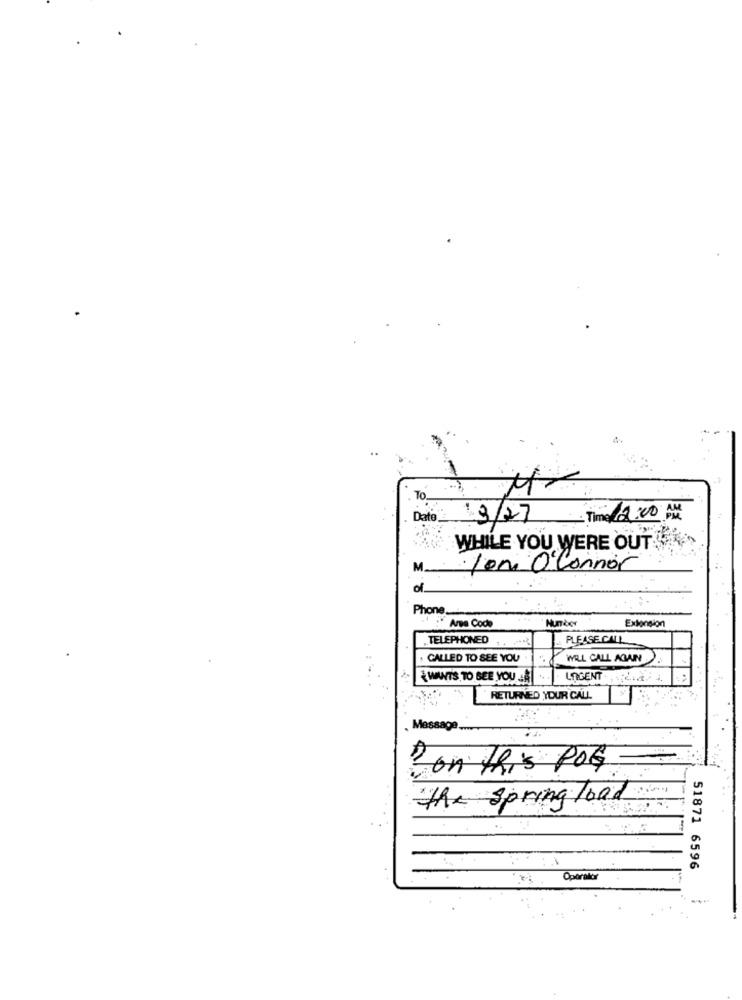
TO
Date
19/27
Time 12:00 AM
WHILE YOU WERE OUT
· Jon O Connor
of.
Phone_
Number
:"Area Code
Extension
TELEPHONED
PLEASE CALL
. CALLED TO SEE YOU
WELL CALL AGAIN
WANTS TO SEE YOU .. ...
LOGENT . . ... a.
RETURNED YOUR CALL
Massage
on this POG
the spring load
1-1
51871 6596
Operator